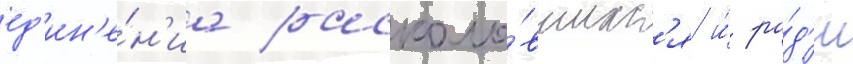
ед'ин'е́н'иа расколо́вшихс'я и́ ра́д'и